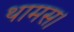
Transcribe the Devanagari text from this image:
थामस।